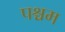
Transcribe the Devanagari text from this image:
पश्चम